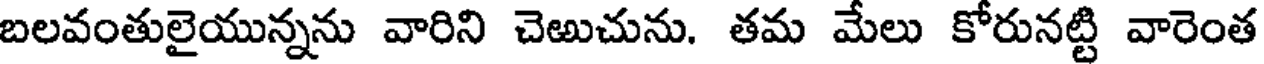
బలవంతులైయున్నను వారిని చెఱుచును. తమ మేలు కోరునట్టి వారెంత